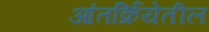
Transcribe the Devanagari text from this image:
आंतर्क्रियेतील